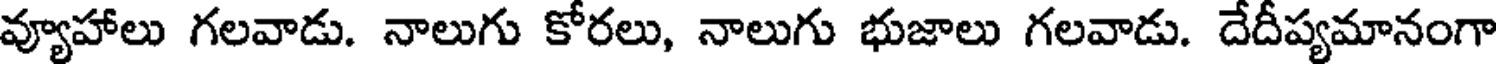
వ్యూహాలు గలవాడు. నాలుగు కోరలు, నాలుగు భుజాలు గలవాడు. దేదీప్యమానంగా